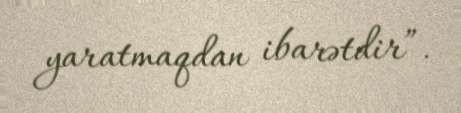
yaratmaqdan ibarətdir”.